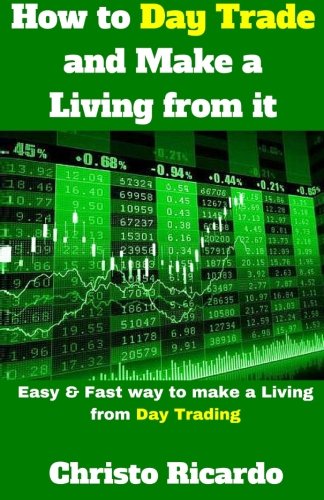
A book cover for How to Day Trade and Make a Living from it; Christo Ricardo; Business & Money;